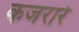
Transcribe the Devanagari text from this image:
कजरारे